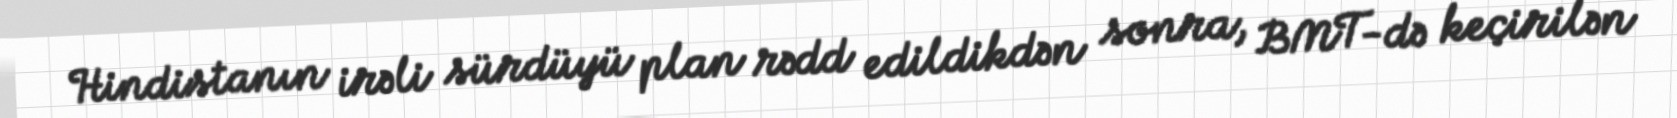
Hindistanın irəli sürdüyü plan rədd edildikdən sonra, BMT-də keçirilən